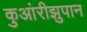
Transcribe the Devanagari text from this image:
कुआंरीझुपान